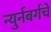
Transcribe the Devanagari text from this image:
न्युर्नबर्गचे